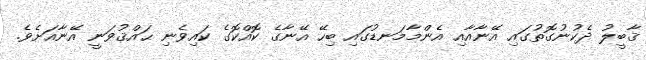
ޤާބީލު ދެކުނުގޮތުގައި އޭނާއާއި އެންމާމަނޑުގައި ބިހޭ އޭނާގެ ކޮއްކޮގެ ކައިވެނި ޙައްޤުވަނީ އޭނާއަށެވެ.